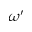
\omega ^ { \prime }